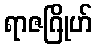
ရာဇဂြိုဟ်